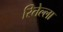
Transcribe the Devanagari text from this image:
रितेल्ला